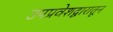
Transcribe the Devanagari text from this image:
उपप्रवेशद्वारातून